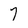
Character: 7